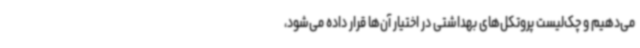
می‌دهیم و چک‌لیست پروتکل‌های بهداشتی در اختیار آن‌ها قرار داده می‌شود،